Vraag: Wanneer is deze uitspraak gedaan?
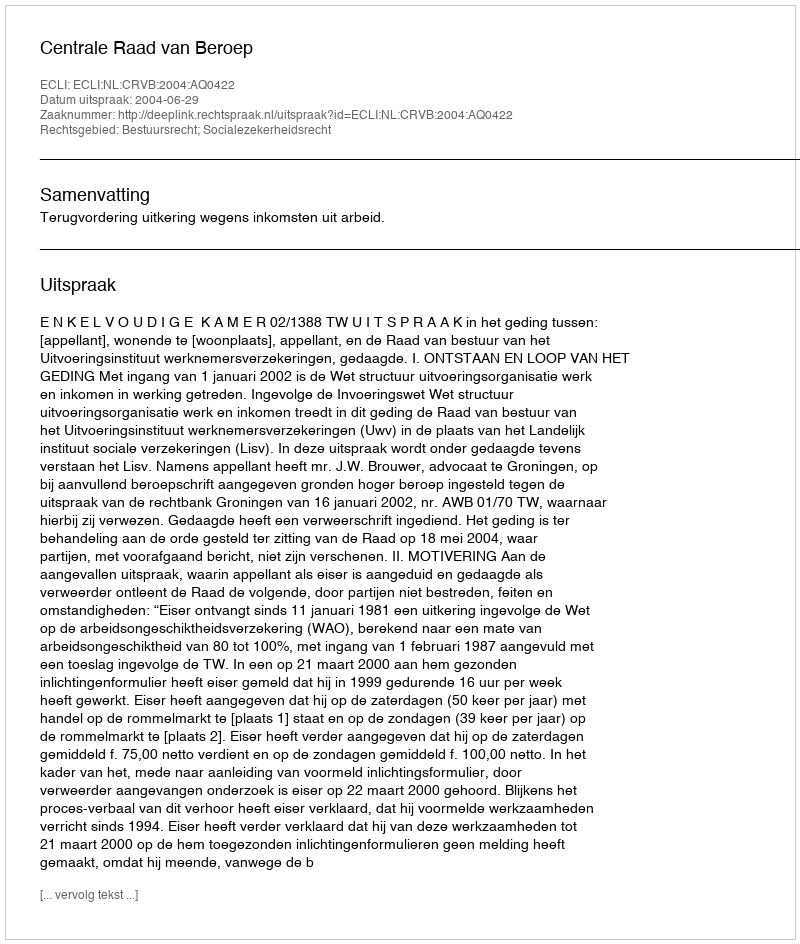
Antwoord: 2004-06-29